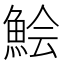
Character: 𩷆